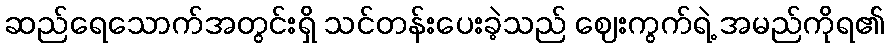
ဆည်ရေသောက်အတွင်းရှိ သင်တန်းပေးခဲ့သည် ဈေးကွက်ရဲ့ အမည်ကိုရ၏